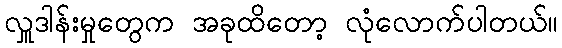
လှူဒါန်းမှုတွေက အခုထိတော့ လုံလောက်ပါတယ်။